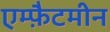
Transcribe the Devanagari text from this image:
एम्फ़ैटमीन